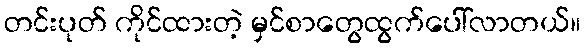
တင်းပုတ် ကိုင်ထားတဲ့ မှင်စာတွေထွက်ပေါ်လာတယ်။